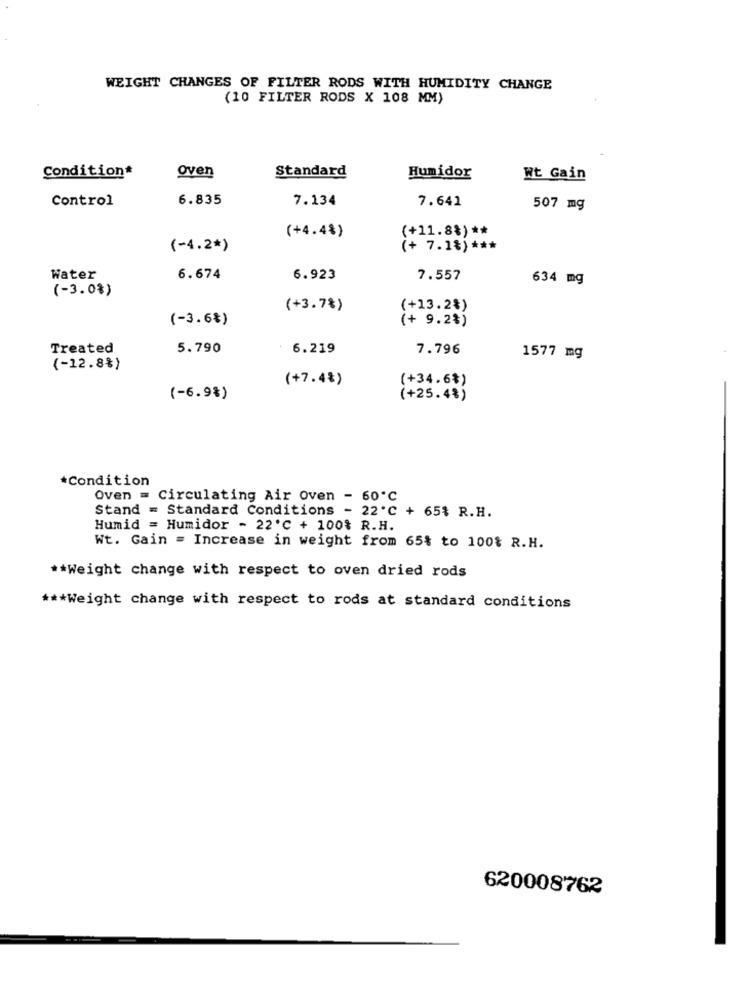
WEIGHT CHANGES OF FILTER RODS WITH HUMIDITY CHANGE
(10 FILTER RODS X 108 MM)
Oven
Condition*
Standard
Humidor
Wt Gain
Control
6.835
7.134
7.641
507 mg
(+11.8%) **
(+4.4%)
(-4.2*)
(+ 7.1%) ***
Water
6.674
6.923
7.557
634 mg
(-3.08)
(+3.78 )
(+13.2%)
(-3.6% )
(+ 9.2% )
Treated
5.790
6.219
7.796
1577 mg
(-12.8%)
(+7.4% )
(+34.6%)
(-6.9% )
(+25.48)
*Condition
Oven = Circulating Air Oven - 60℃
Stand = Standard Conditions - 22℃ + 65% R.H.
Humid = Humidor - 22'℃ + 100% R.H.
Wt. Gain = Increase in weight from 65% to 100% R.H.
** Weight change with respect to oven dried rods
*** Weight change with respect to rods at standard conditions
620008762